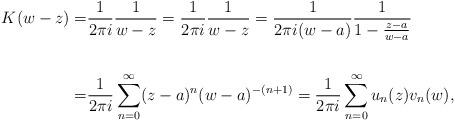
LaTeX: \begin{align*}K(w-z) = & \frac{1}{2\pi i} \frac{1}{w-z} = \frac{1}{2\pi i} \frac{1}{w-z} = \frac{1}{2\pi i (w-a)} \frac{1}{1-\frac{z-a}{w-a}} \\\\ = & \frac{1}{2\pi i } \sum_{n=0}^{\infty} (z-a)^n(w-a)^{-(n+1)} = \frac{1}{2\pi i } \sum_{n=0}^{\infty} u_n(z)v_n(w), \end{align*}